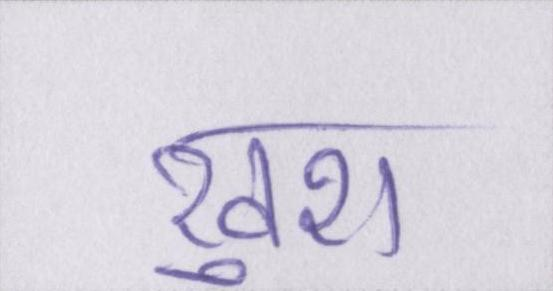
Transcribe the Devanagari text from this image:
खुश